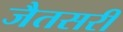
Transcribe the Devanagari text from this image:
जैतसरी